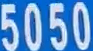
5050